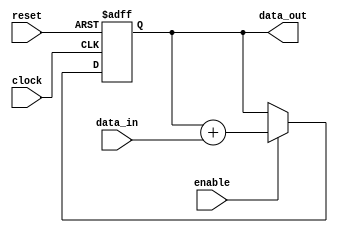
module accumulator (
    input wire [15:0] data_in,
    input wire clock,
    input wire reset,
    input wire enable,
    output reg [15:0] data_out
);

reg [15:0] accumulator;

always @(posedge clock or posedge reset) begin
    if (reset) begin
        accumulator <= 16'b0;
    end else if (enable) begin
        accumulator <= accumulator + data_in;
    end
end

assign data_out = accumulator;

endmodule